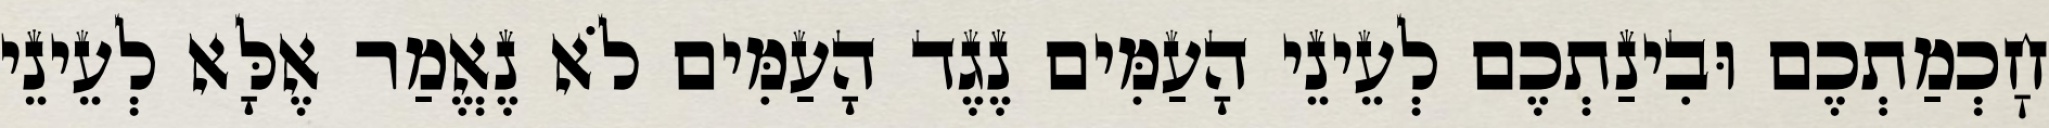
חׇכְמַתְכֶם וּבִינַתְכֶם לְעֵינֵי הָעַמִּים נֶגֶד הָעַמִּים לֹא נֶאֱמַר אֶלָּא לְעֵינֵי